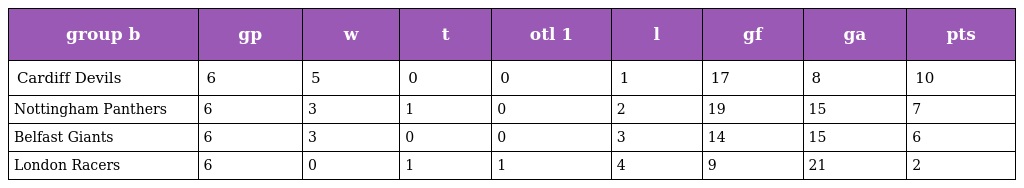
| group b | gp | w | t | otl 1 | l | gf | ga | pts |
 | --- | --- | --- | --- | --- | --- | --- | --- | --- |
 | Cardiff Devils | 6 | 5 | 0 | 0 | 1 | 17 | 8 | 10 |
 | Nottingham Panthers | 6 | 3 | 1 | 0 | 2 | 19 | 15 | 7 |
 | Belfast Giants | 6 | 3 | 0 | 0 | 3 | 14 | 15 | 6 |
 | London Racers | 6 | 0 | 1 | 1 | 4 | 9 | 21 | 2 |